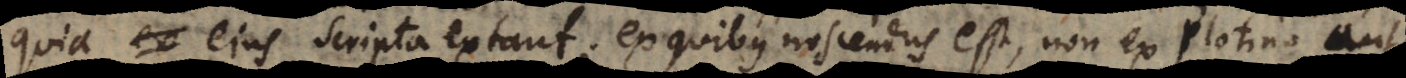
quia ejus scripta extant; ex quibus noscendus est, non ex Plotino aut